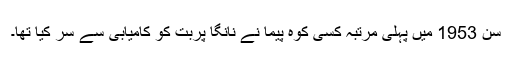
سن 1953 ميں پہلی مرتبہ کسی کوہ پيما نے نانگا پربت کو کاميابی سے سر کيا تھا۔